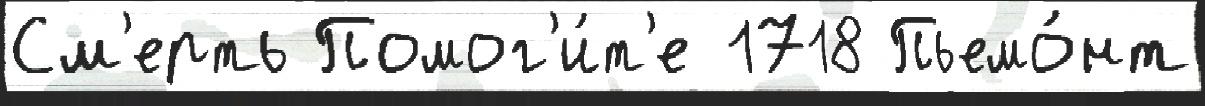
См'ерть Помог'и́т'е 1718 Пьемо́нт